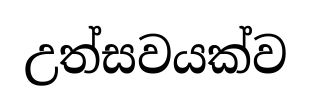
උත්සවයක්ව